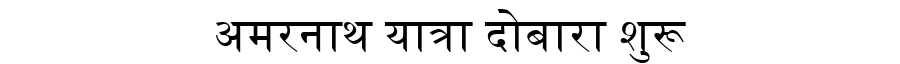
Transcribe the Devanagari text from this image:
अमरनाथ यात्रा दोबारा शुरू